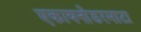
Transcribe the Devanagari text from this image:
एकायनोडरमाटा